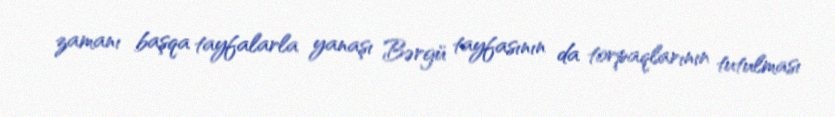
zamanı başqa tayfalarla yanaşı Bərgü tayfasının da torpaqlarının tutulması